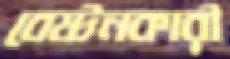
বেষ্টনকারী